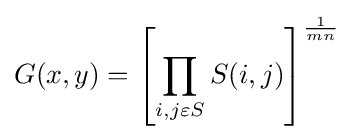
G(x,y)=\left[\prod _{i,j\varepsilon S}S(i,j)\right]^{1 \over mn}